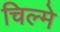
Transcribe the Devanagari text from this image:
चिल्मे